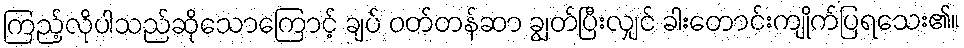
ကြည့်လိုပါသည်ဆိုသောကြောင့် ချပ် ဝတ်တန်ဆာ ချွတ်ပြီးလျှင် ခါးတောင်းကျိုက်ပြရသေး၏။